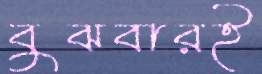
বুঝবারই